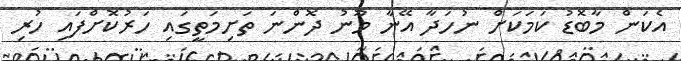
އެކަން މާބޮޑު ކަމަކަށް ނުހަދާ އޭނާ މޫނު ދޮންނަ ތަށިމަތީގައި ހަރުކޮށްފައި ހުރި